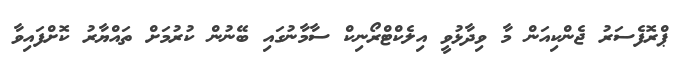
ޕްރޮފެސަރު ޖެންކިއަން މާ ވިދާޅުވީ އިލެކްޓްރޯނިކް ސާމާނުގައި ބޭނުން ކުރުމަށް ތައްޔާރު ކޮށްފައިވާ